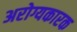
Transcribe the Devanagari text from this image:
अरोग्यकारक